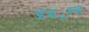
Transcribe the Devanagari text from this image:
इंड्यूस्ड